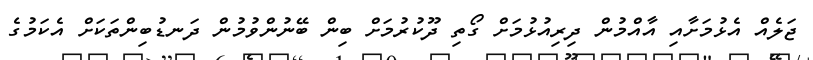
ޖަލެއް އެޅުމަށާއި އާއްމުން ދިރިއުޅުމަށް ގޯތި ދޫކުރުމަށް ބިން ބޭނުންވުމުން ދަނޑުބިންތަކަށް އެކަމުގެ